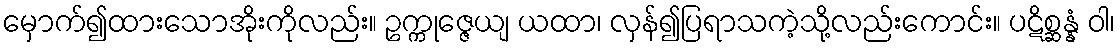
မှောက်၍ထားသောအိုးကိုလည်း။ ဥက္ကုဇ္ဇေယျ ယထာ၊ လှန်၍ပြရာသကဲ့သို့လည်းကောင်း။ ပဋိစ္ဆန္နံ ဝါ၊